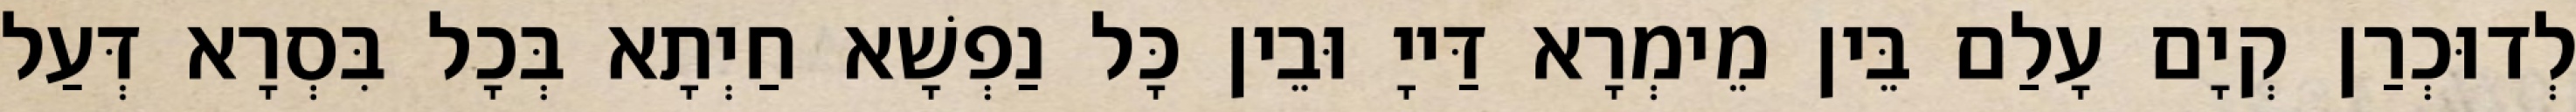
לְדוּכְרַן קְיָם עָלַם בֵּין מֵימְרָא דַּייָ וּבֵין כָּל נַפְשָׁא חַיְתָא בְּכָל בִּסְרָא דְּעַל